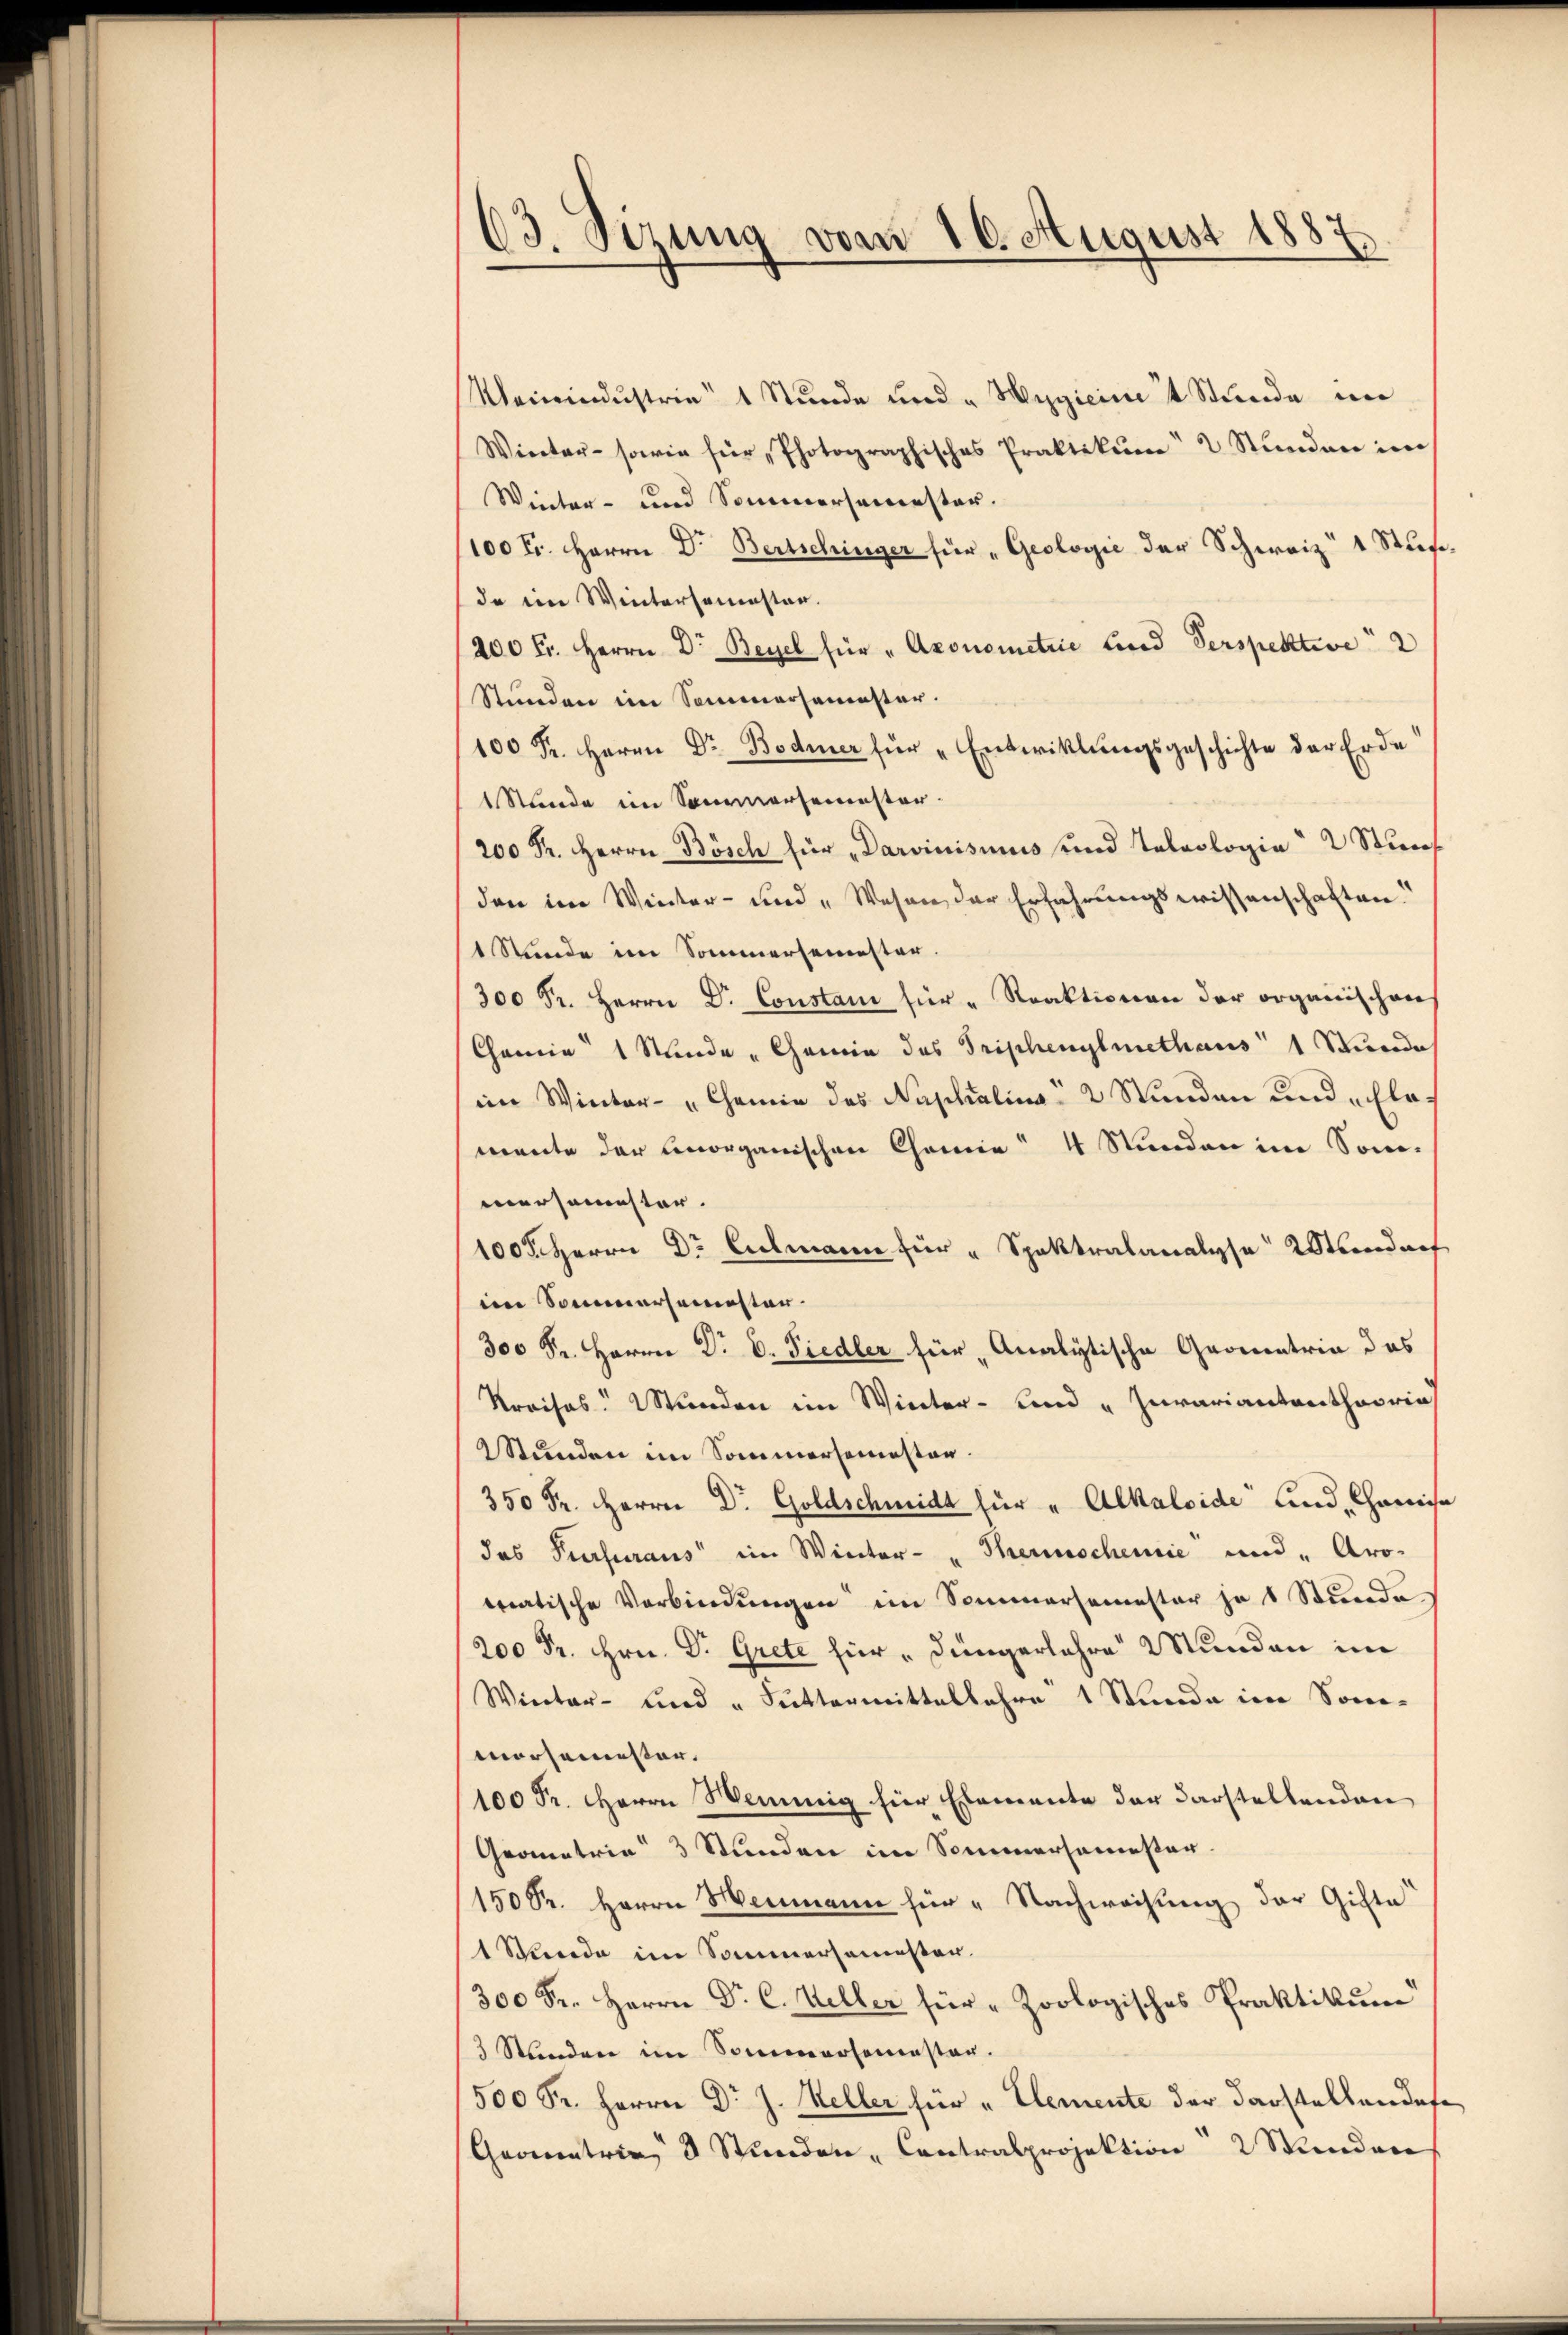
63. Sizung vom 16. August 1887

Mainindustrie 1 Stunde und „Hygicini 4 Stunde in
Winter- sowie für Photographisches Praktikum 2 Stŭnden im
Winter- und Sonnersemester.
100 Fr. Herrn Dr. Bertschinger für „Geologie der Schweiz“ 1 Stufe.
da im Wintersemester.
200 Fr. Herrn Dr. Beyel für "Aconometrie Land Verspektive 2
Stunden im Sommersemester.
100 Fr. Herrn Dr Bodmer für „Entwicklungsgeschichte der Erde
1 Stunde im Sommersemester.
200 Fr. Herrn Bösch für „Darvinismus und Teleologia“ 2 Stunf
den im Winter- und „Wesen der Erfahrungswissenschaften.
1 Stunde im Sommersemester.
300 Fr. Herrn Dr. Constani für " Reaktionen der organischen
Chemie 1 Stunde Chemie des Triphenylmethaus 1 Stunde
im Winter- "Chemie des Naphalina“ 2 Stunden und „Elamente der Corganischen Chemie 4 Stunden im Sommersemester.
100. Herrn Dr Culmann für " Spaktralanalyse Wundarf
im Sommersemesten.
300 Fr. Herrn Dr. C. Fiedler für Analytische Gromentria das
Kreises Wunden im Winter- und „Juvariantentheoria
Stunden im Sommersemesten.
50 Fr. Herrn Dr. Goldschmidt für " Alkaloide und Camisa
das Purpuraus im Winter- "Therischenie und "Aro-
matische Verbindungen im Sommersemester je 1 Stunde
200 Fr. Hrn. Dr. Grete hier „ Düngerlehre Wunden im
Winter- und „Suttermittelbahre 1 Stunde im Sonn-
Morsammester.
100 Fr. Herrn Weinig hier Elemente der Darstellenden
Grometrie 3 Stunden im Sommersamester
150 Fr. Herrn Heimann für „Nachweisung der Gifta
1 Stunde im Sommersamester.
300 Fr. Herrn Dr. C. Weller für " Zoologisches Praktikum
3 Stunden im Sommersemesten.
500 Fr. Herrn Dr J. Keller für „Elemente der Darstellandase
Geometrie 3 Stunden - Contralprojektion 2 Stunden